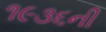
૧૯૩૬ની